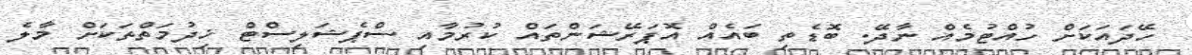
ހޭދައަކަށް ހުއްޓުމެއް ނާދޭ. ބޮޑެތި ބައެއް އޮޕަރޭޝަންތައް ކުރުމާއި ސްޕެޝަލިސްޓް ޚިދުމަތްތަކަށް މާލެ